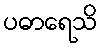
ပဓာရေသိ